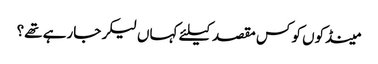
﻿ مینڈکوں کو کس مقصد کیلئے کہاں لیکر جارہے تھے؟